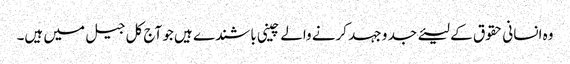
وہ انسانی حقوق کے لیئے جد و جہد کرنے والے چینی باشندے ہیں جو آج کل جیل میں ہیں۔